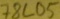
Text: 78605